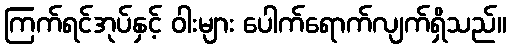
ကြက်ရင်အုပ်နှင့် ဝါးများ ပေါက်ရောက်လျက်ရှိသည်။